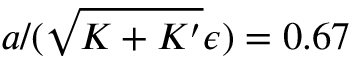
a / ( \sqrt { K + K ^ { \prime } } \epsilon ) = 0 . 6 7